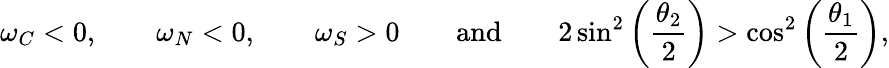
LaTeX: \omega_{C}<0,\qquad\omega_{N}<0,\qquad\omega_{S}>0\qquad\textnormal{and}\qquad 2\sin^{2}\left(\frac{\theta_{2}}{2}\right)>\cos^{2}\left(\frac{\theta_{1}}{2}\right),